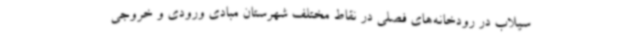
سیلاب در رودخانه‌های فصلی در نقاط مختلف شهرستان مبادی ورودی و خروجی